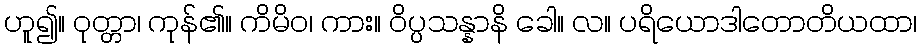
ဟူ၍။ ဝုတ္တာ၊ ကုန်၏။ ကိမိဝ၊ ကား။ ဝိပ္ပသန္နာနိ ခေါ။ လ။ ပရိယောဒါတောတိယထာ၊